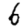
Digit: 6